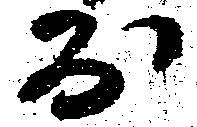
於